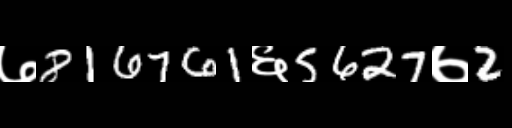
Text: ७816761६5627७2